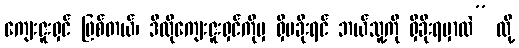
ကျေးဇူးရှင် ဖြစ်တယ်၊ ဒီလိုကျေးဇူးရှင်ကိုမှ ရှိမခိုးရင် ဘယ်သူ့ကို ရှိခိုးရမှာလဲ” လို့